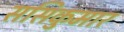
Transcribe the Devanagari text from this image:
ससिकुमार